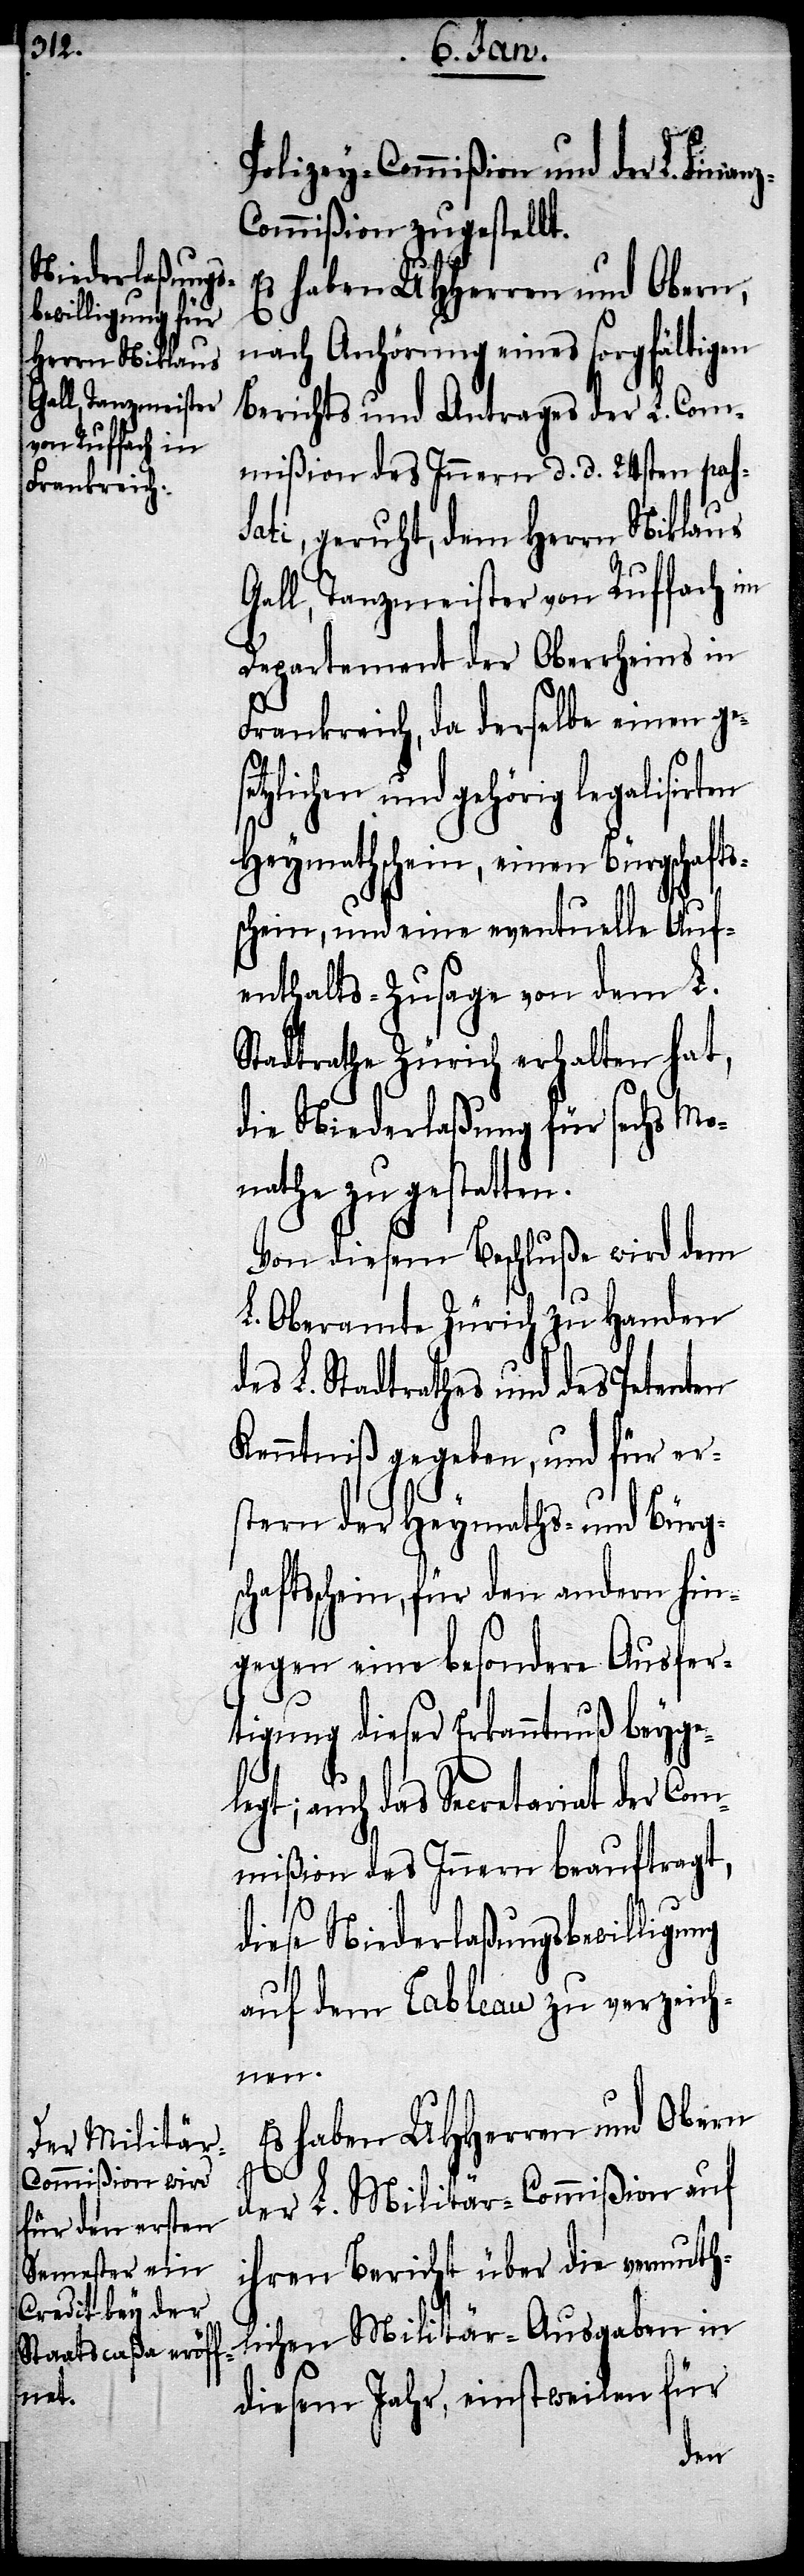
legt;

Policey-Commißion und der L. Finan¬
ommißion zugestellt.
nach Anhörung eines sorgfältigen
Berichts und Antrages der L. Com¬
mißion des Innern d. d. 24sten pas¬
sati, geruht, dem Herrn Niklaus
Gall, Tanzmeister von Ruffach im
Departement des Oberrheins in
Frankreich, da derselbe einen ge¬
tzlichen und gehörig
Heymathschein, einen Bürgschafts¬
schein, und eine eventuelle Auf¬
enthalts-Zusage von dem L.
Stadtrathe Zürich erhalten hat,
die Niederlaßung für sechs Mo¬
nathe zu gestatten.
Von diesem Beschluße wird dem
L. Oberamte Zürich zu Handen
des L. Stadtrathes und des Petenten
Kenntniß gegeben, und für er¬
stern der Heymaths- und Bürge¬
haftsschein, für den andern hin¬
gegen eine besondere Ausfer¬
tigung dieser Erkenntniß beyge¬
auch das Secretariat der Com¬
mißion des Innern beauftragt,
diese Niederlaßungsbewilligung
auf dem Tableau zu verzeich¬
nen.
Es haben UHHerren und Obern
rsc¬
der L. Militär-Commißion auf
ihren Bericht über die vermuth¬
lichen Militär-Ausgaben in
diesem Jahr, einstweilen für